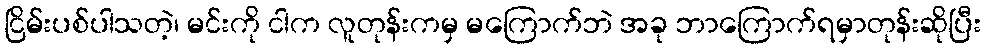
ငြိမ်းပစ်ပါသတဲ့၊ မင်းကို ငါက လူတုန်းကမှ မကြောက်ဘဲ အခု ဘာကြောက်ရမှာတုန်းဆိုပြီး